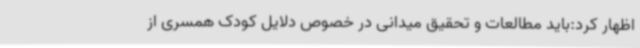
اظهار کرد:باید مطالعات و تحقیق میدانی در خصوص دلایل کودک همسری از